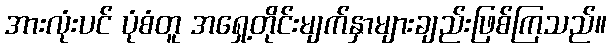
အားလုံးပင် ပုံစံတူ အရှေ့တိုင်းမျက်နှာများချည်းဖြစ်ကြသည်။